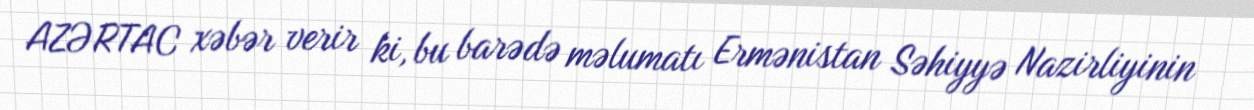
AZƏRTAC xəbər verir ki, bu barədə məlumatı Ermənistan Səhiyyə Nazirliyinin